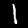
Digit: 1